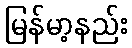
မြန်မာ့နည်း